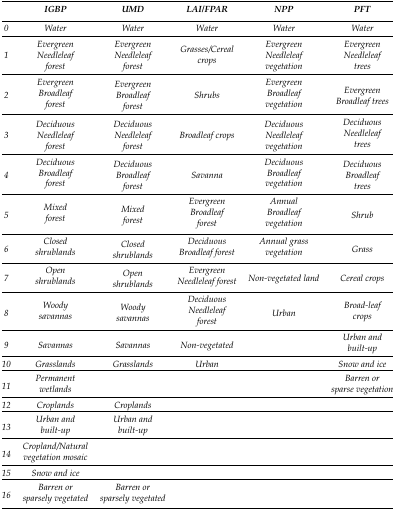
|  | IGBP | UMD | LAI/FPAR | NPP | PFT |
 | --- | --- | --- | --- | --- | --- |
 | 0 | Water | Water | Water | Water | Water |
 | 1 | EvergreenNeedleleafforest | EvergreenNeedleleafforest | Grasses/Cerealcrops | EvergreenNeedleleafvegetation | EvergreenNeedleleaftrees |
 | 2 | EvergreenBroadleafforest | EvergreenBroadleafforest | Shrubs | EvergreenBroadleafvegetation | EvergreenBroadleaf trees |
 | 3 | DeciduousNeedleleafforest | DeciduousNeedleleafforest | Broadleaf crops | DeciduousNeedleleafvegetation | DeciduousNeedleleaftrees |
 | 4 | DeciduousBroadleafforest | DeciduousBroadleafforest | Savanna | DeciduousBroadleafvegetation | DeciduousBroadleaftrees |
 | 5 | Mixedforest | Mixedforest | EvergreenBroadleafforest | AnnualBroadleafvegetation | Shrub |
 | 6 | Closedshrublands | Closedshrublands | DeciduousBroadleaf forest | Annual grassvegetation | Grass |
 | 7 | Openshrublands | Openshrublands | EvergreenNeedleleaf forest | Non-vegetated land | Cereal crops |
 | 8 | Woodysavannas | Woodysavannas | DeciduousNeedleleafforest | Urban | Broad-leafcrops |
 | 9 | Savannas | Savannas | Non-vegetated |  | Urban andbuilt-up |
 | 10 | Grasslands | Grasslands | Urban |  | Snow and ice |
 | 11 | Permanentwetlands |  |  |  | Barren orsparse vegetation |
 | 12 | Croplands | Croplands |  |  |  |
 | 13 | Urban andbuilt-up | Urban andbuilt-up |  |  |  |
 | 14 | Cropland/Naturalvegetation mosaic |  |  |  |  |
 | 15 | Snow and ice |  |  |  |  |
 | 16 | Barren orsparsely vegetated | Barren orsparsely vegetated |  |  |  |